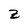
Character: z